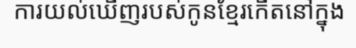
ការយល់ឃើញរបស់កូនខ្មែរកើតនៅក្នុង